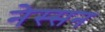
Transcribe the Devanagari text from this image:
नेस्‍सन